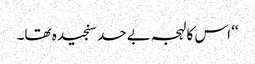
‘‘ اس کا لہجہ بے حد سنجیدہ تھا۔